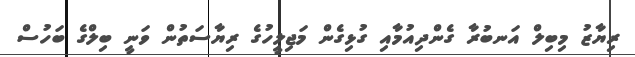
ރިޔާޒު މިބިލް އަނބުރާ ގެންދިއުމާއި ގުޅިގެން މަޖިލީހުގެ ރިޔާސަތުން ވަނީ ބިލްގެ ބަހުސް